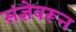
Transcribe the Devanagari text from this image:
संज्ञेवरून